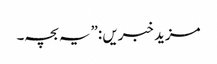
مزید خبریں :”یہ بچہ۔